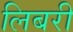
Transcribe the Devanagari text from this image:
लिबरी